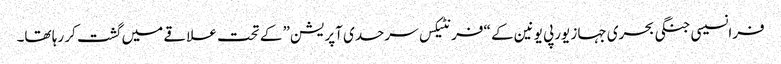
فرانسیسی جنگی بحری جہاز یورپی یونین کے “فرنٹیکس سرحدی آپریشن” کے تحت علاقے میں گشت کر رہا تھا۔